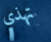
تهذي